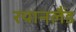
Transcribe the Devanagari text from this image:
रयानलैंड